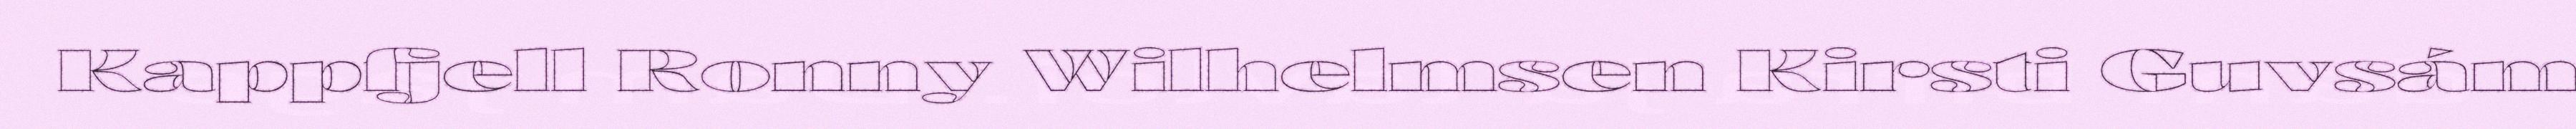
Kappfjell Ronny Wilhelmsen Kirsti Guvsám